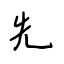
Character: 先